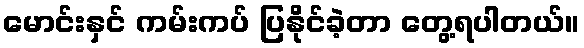
မောင်းနှင် ကမ်းကပ် ပြနိုင်ခဲ့တာ တွေ့ရပါတယ်။